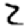
Digit: 2